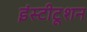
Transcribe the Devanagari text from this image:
इंस्टीटूशन